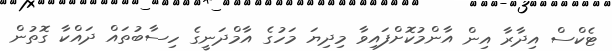
ޓެކްސް އިދާރާ އިން އާންމުކޮށްފައިވާ މިދިޔަ މަހުގެ އާމްދަނީގެ ހިސާބުތައް ދައްކާ ގޮތުން